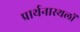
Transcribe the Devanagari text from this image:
प्रार्थनास्थलों